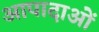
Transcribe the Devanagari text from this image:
आपादाओं